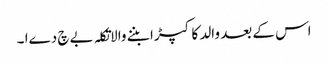
اس کے بعد والد کا کپڑا بننے والاتکلہ بےچ دےا ۔